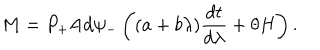
LaTeX: M = P _ { + } \mathrm { A d } \psi _ { - } \left( ( a + b \lambda ) \frac { d t } { d \lambda } + \theta H \right) .